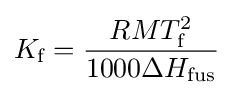
K_{\text{f}}={\frac {RMT_{\text{f}}^{2}}{1000\Delta H_{\text{fus}}}}